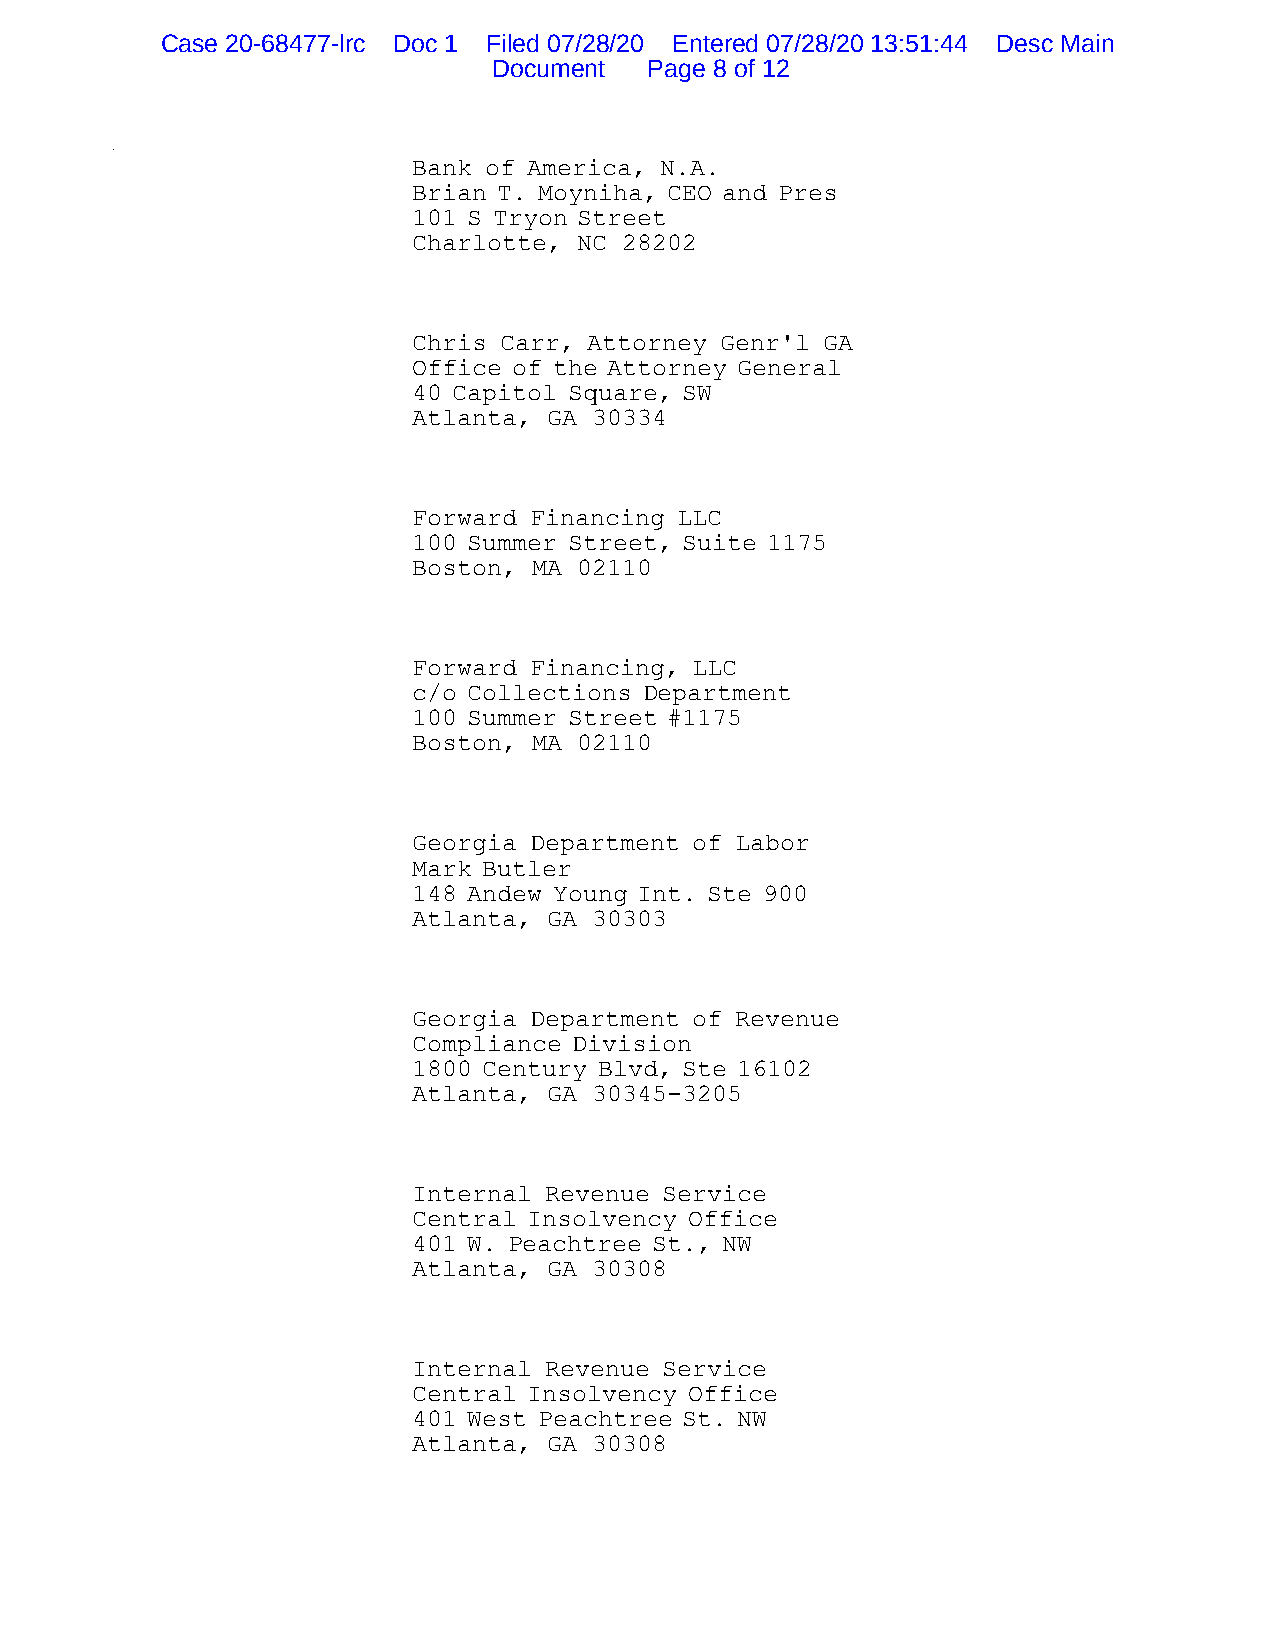
Case 20-68477-lrc Doc 1 Filed 07/28/20 Entered 07/28/20 13:51:44 Desc Main
 Document  Page 8 of 12
 }bk1{Creditor Address Matrix}bk{
 Bank of America, N.A.
 Brian T. Moyniha, CEO and Pres
 101 S Tryon Street
 Charlotte, NC 28202
 Chris Carr, Attorney Genr'l GA
 Office of the Attorney General
 40 Capitol Square, SW
 Atlanta, GA 30334
 Forward Financing LLC
 100 Summer Street, Suite 1175
 Boston, MA 02110
 Forward Financing, LLC
 c/o Collections Department
 100 Summer Street #1175
 Boston, MA 02110
 Georgia Department of Labor
 Mark Butler
 148 Andew Young Int. Ste 900
 Atlanta, GA 30303
 Georgia Department of Revenue
 Compliance Division
 1800 Century Blvd, Ste 16102
 Atlanta, GA 30345-3205
 Internal Revenue Service
 Central Insolvency Office
 401 W. Peachtree St., NW
 Atlanta, GA 30308
 Internal Revenue Service
 Central Insolvency Office
 401 West Peachtree St. NW
 Atlanta, GA 30308